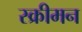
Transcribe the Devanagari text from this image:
स्क्रीमन